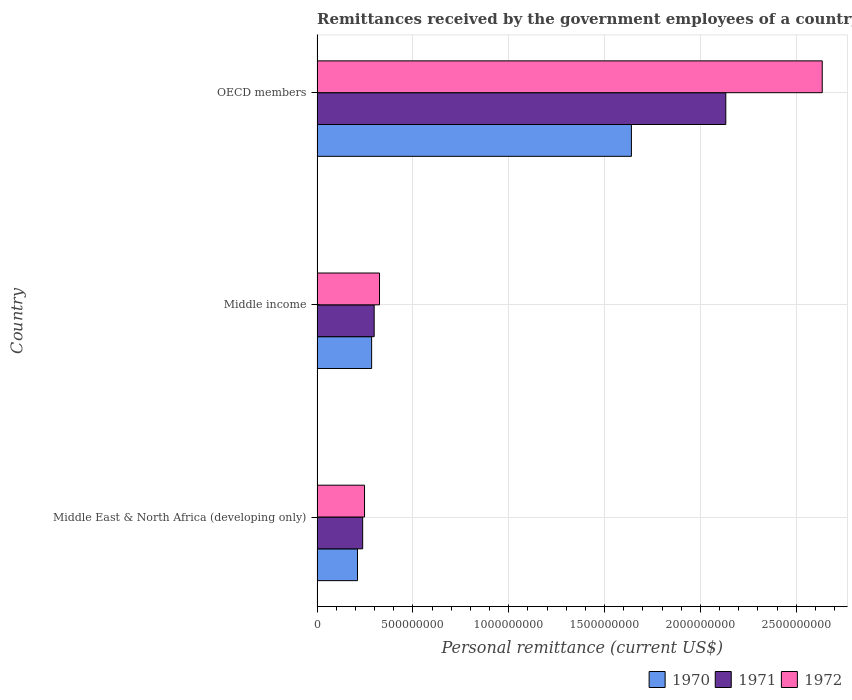
| Country | 1970 | 1971 | 1972 |
 | --- | --- | --- | --- |
 | Middle East & North Africa (developing only) | 2.11e+08 | 2.38e+08 | 2.48e+08 |
 | Middle income | 2.85e+08 | 2.98e+08 | 3.26e+08 |
 | OECD members | 1.64e+09 | 2.13e+09 | 2.64e+09 |